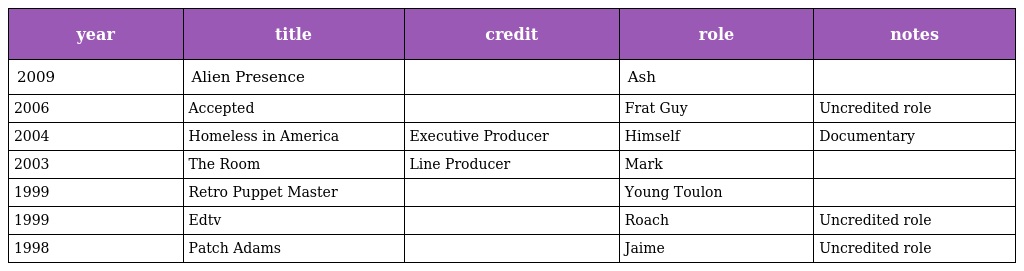
| year | title | credit | role | notes |
 | --- | --- | --- | --- | --- |
 | 2009 | Alien Presence |  | Ash |  |
 | 2006 | Accepted |  | Frat Guy | Uncredited role |
 | 2004 | Homeless in America | Executive Producer | Himself | Documentary |
 | 2003 | The Room | Line Producer | Mark |  |
 | 1999 | Retro Puppet Master |  | Young Toulon |  |
 | 1999 | Edtv |  | Roach | Uncredited role |
 | 1998 | Patch Adams |  | Jaime | Uncredited role |